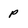
Character: P